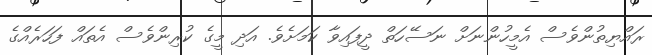
ރައްޔިތުންވެސް އެމީހުންނަށް ނަސޭހަތް ދީފައިވާ ކަމަށެވެ. އަދި މީގެ ކުރިންވެސް އެތައް ފަހަރެއްގެ